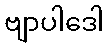
ဗျာပါဒေါ